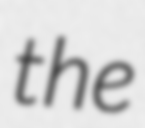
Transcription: the